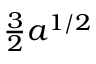
\textstyle { \frac { 3 } { 2 } } a ^ { 1 / 2 }